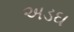
અડઘ